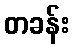
တခန်း